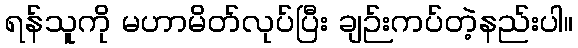
ရန်သူကို မဟာမိတ်လုပ်ပြီး ချဉ်းကပ်တဲ့နည်းပါ။